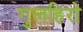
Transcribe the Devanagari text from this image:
गुलहिरो